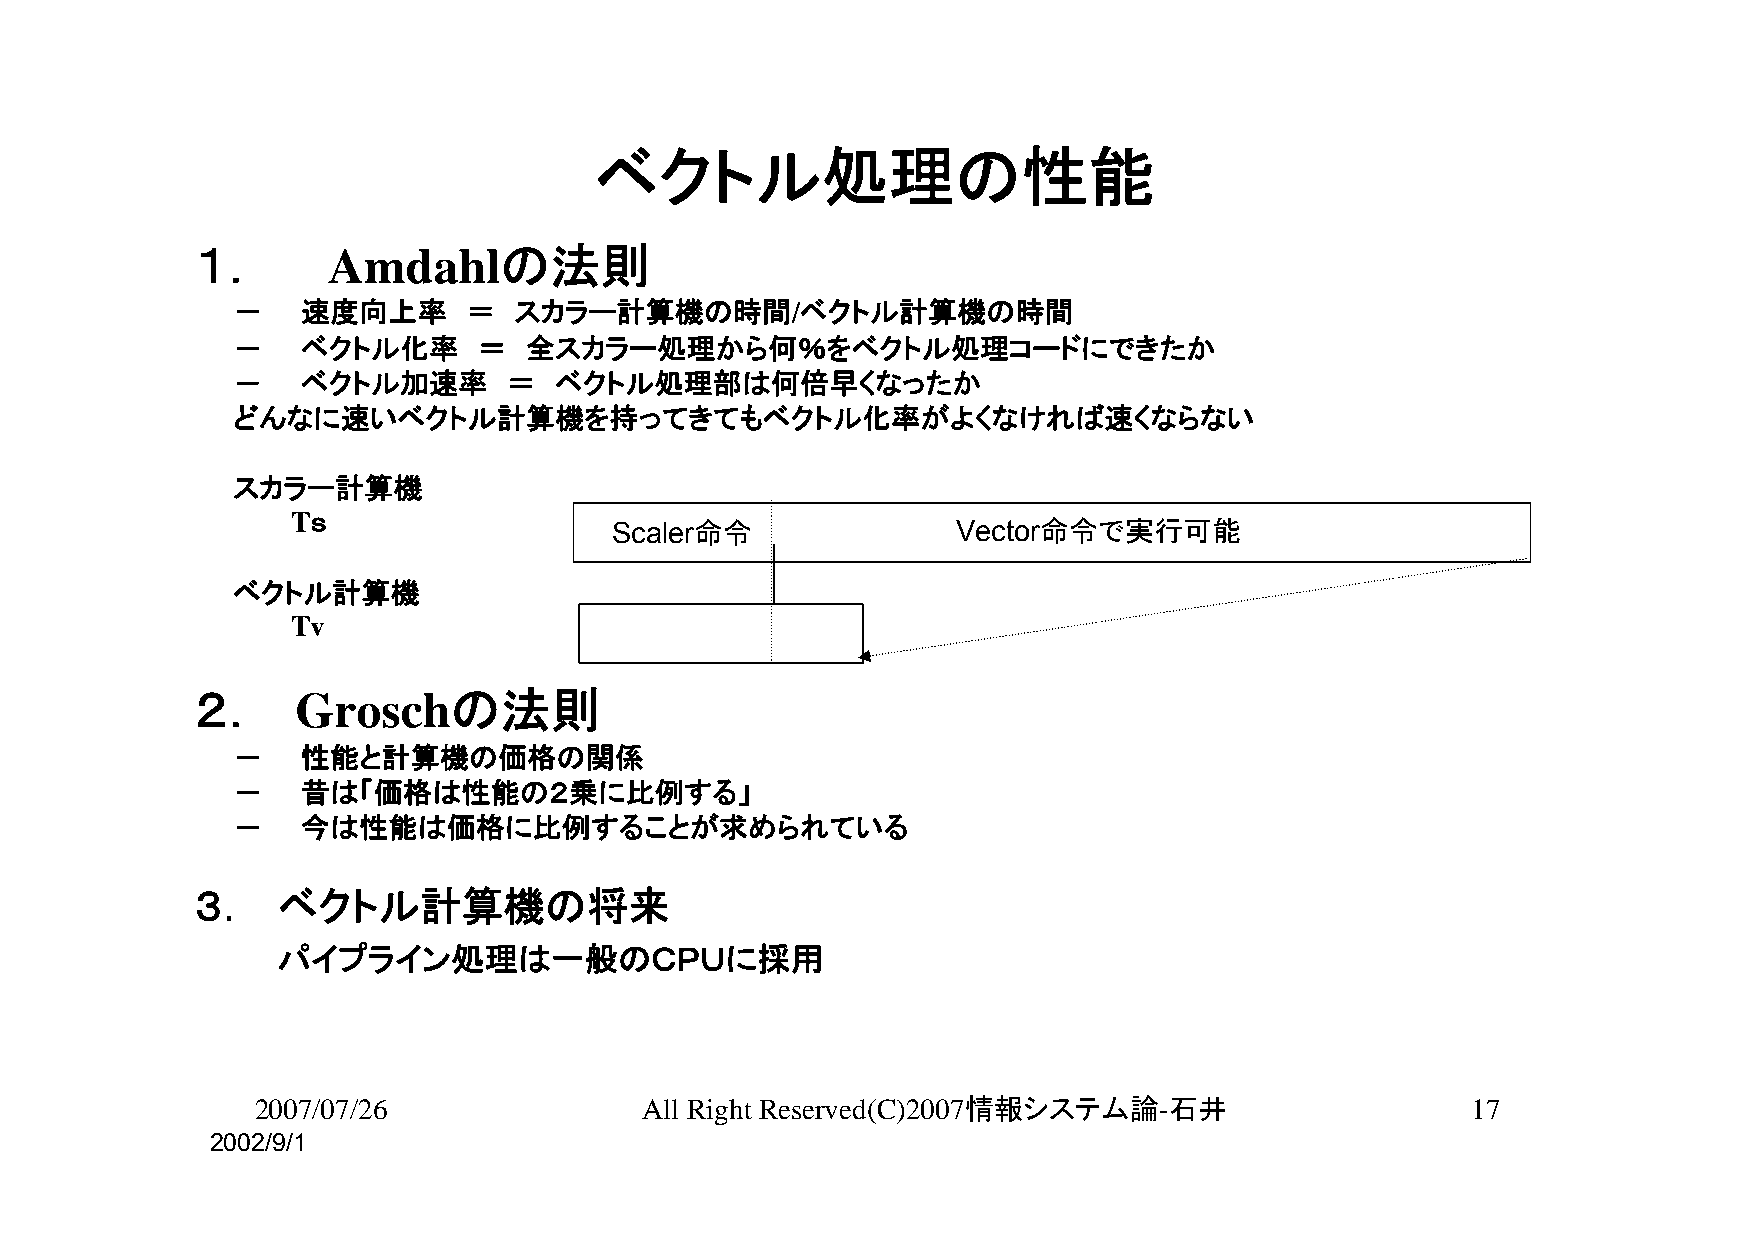
ベクトル処理の性能
 １．       Amdahlの法則
 －    速度向上率      ＝  スカラー計算機の時間/ベクトル計算機の時間
 －    ベクトル化率      ＝  全スカラー処理から何％をベクトル処理コードにできたか
 －    ベクトル加速率       ＝  ベクトル処理部は何倍早くなったか
 どんなに速いベクトル計算機を持ってきてもベクトル化率がよくなければ速くならない
 スカラー計算機
 Tｓ
 Scaler命令               Vector命令で実行可能
 ベクトル計算機
 Tv
 ２．     Groschの法則
 －    性能と計算機の価格の関係
 －    昔は「価格は性能の２乗に比例する」
 －    今は性能は価格に比例することが求められている
 ３．   ベクトル計算機の将来
 パイプライン処理は一般のＣＰＵに採用
 2007/07/26               All Right Reserved(C)2007情報システム論-石井                    17
 2002/9/1